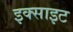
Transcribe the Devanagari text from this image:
इक्साइट